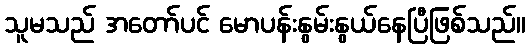
သူမသည် အတော်ပင် မောပန်းနွမ်းနွယ်နေပြီဖြစ်သည်။